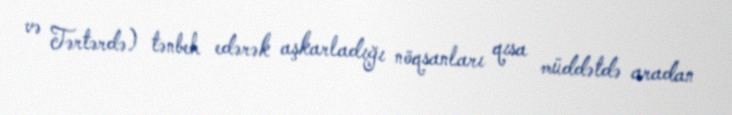
və Tərtərdə) tənbeh edərək aşkarladığı nöqsanları qısa müddətdə aradan